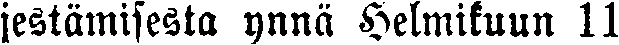
jestämisesta ynnä Helmikuun 11